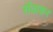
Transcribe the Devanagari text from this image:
सॅवाकर